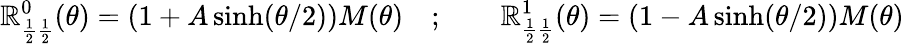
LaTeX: \mathbb{R}_{\frac{{1}}{{2}}\frac{{1}}{{2}}}^{0}(\theta)=(1+A\sinh(\theta/2))M(\theta)\quad;\qquad\mathbb{R}_{\frac{{1}}{{2}}\frac{{1}}{{2}}}^{1}(\theta)=(1-A\sinh(\theta/2))M(\theta)